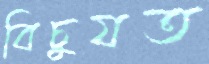
বিচুযত